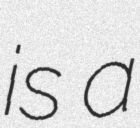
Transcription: is a